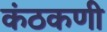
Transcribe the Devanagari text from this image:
कंठकणी